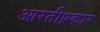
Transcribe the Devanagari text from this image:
आरतीप्रकार